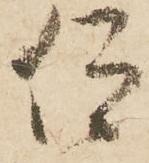
仰